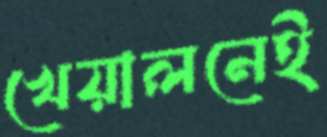
খেয়ালনেই